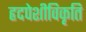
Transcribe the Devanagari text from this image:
हृदपेशीविकृति